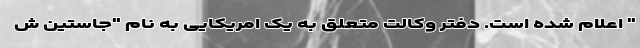
" اعلام شده است. دفتر وکالت متعلق به یک امریکایی به نام "جاستین ش